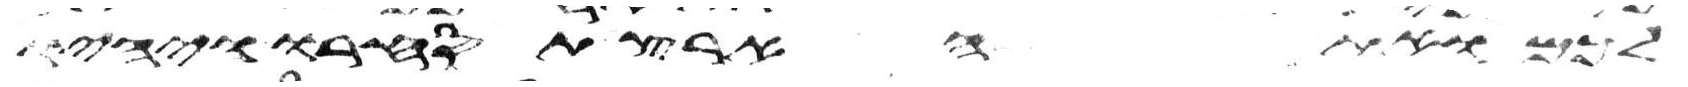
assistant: לכם ואת הארץ תסחרו ויהיו